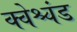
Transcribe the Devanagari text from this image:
क्वेश्चंड